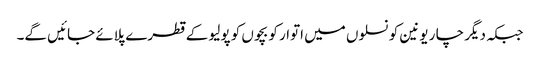
جبکہ دیگر چا ر یونین کونسلوں میں اتوار کو بچوں کو پولیو کے قطرے پلائے جائیں گے۔